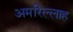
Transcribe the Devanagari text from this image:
अमरिल्लाह